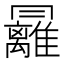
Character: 㒿